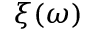
\xi ( \omega )